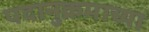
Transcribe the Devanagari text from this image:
पदानुक्रमाच्या